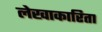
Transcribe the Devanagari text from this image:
लेखाकारिता